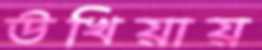
উখিয়ায়